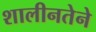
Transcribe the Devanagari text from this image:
शालीनतेने